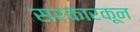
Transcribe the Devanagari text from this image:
सरकारकून